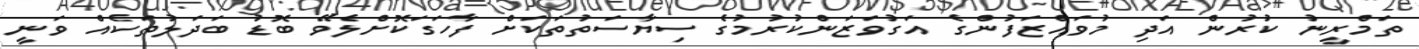
ތަމްރީނު ކުރުން އަދި މުވައްޒަފުންގެ އަގުވަޒަންކުރުމުގެ ސިޔާސަތުތަކަށް ފާހަގަކޮށްލެވޭ ބޮޑު ބަދަލުތަކެއް ވަނީ